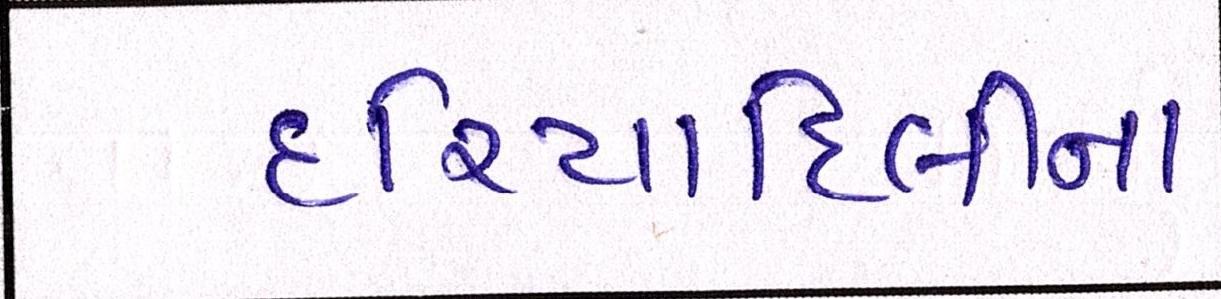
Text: દરિયાદિલીના